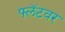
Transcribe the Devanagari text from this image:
फ्लॅटवर